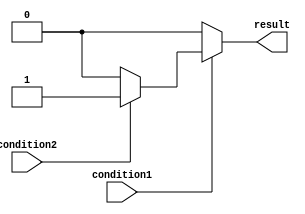
module nested_if_else (
    input wire condition1,
    input wire condition2,
    output reg result
);

always @(*) begin
    if (condition1) begin
        if (condition2) begin
            result <= 1'b1; // Both conditions are true
        end
        else begin
            result <= 1'b0; // Only condition1 is true
        end
    end
    else begin
        result <= 1'b0; // Neither condition is true
    end
end

endmodule